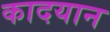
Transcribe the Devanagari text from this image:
कादयान